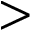
>